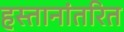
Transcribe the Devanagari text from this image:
हस्तानांतरित